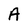
Character: A